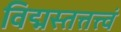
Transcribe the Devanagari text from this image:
विद्मस्तत्तत्त्वं